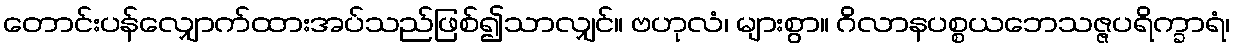
တောင်းပန်လျှောက်ထားအပ်သည်ဖြစ်၍သာလျှင်။ ဗဟုလံ၊ များစွာ။ ဂိလာနပစ္စယဘေသဇ္ဇပရိက္ခာရံ၊